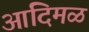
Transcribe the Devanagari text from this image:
आदिमळ